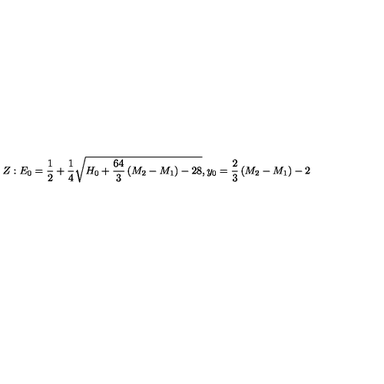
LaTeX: Z : E _ { 0 } = { \frac { 1 } { 2 } } + { \frac { 1 } { 4 } } \sqrt { H _ { 0 } + { \frac { 6 4 } { 3 } } \left( M _ { 2 } - M _ { 1 } \right) - 2 8 } , y _ { 0 } = { \frac { 2 } { 3 } } \left( M _ { 2 } - M _ { 1 } \right) - 2